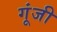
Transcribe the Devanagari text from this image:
गूंजी